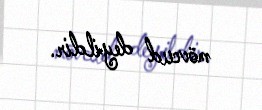
mövcud deyildir.